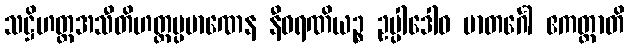
သဋ္ဌိဟတ္ထအသီတိဟတ္ထပ္ပမာဏေန နီဝရဏိယဉ္စ ဥပ္ပါဒေါဝ မာတင်္ဂေါ ဧကတ္တာတိ